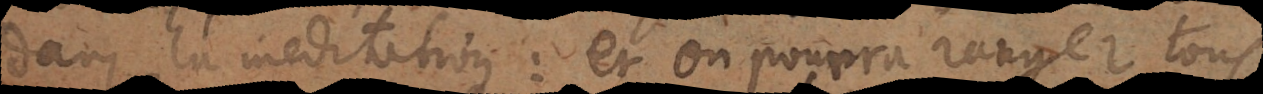
dans la meditation: et on pourra ranger tout